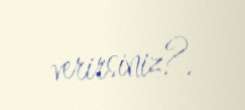
verirsiniz?.